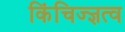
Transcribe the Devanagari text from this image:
किंचिज्ज्ञत्व